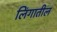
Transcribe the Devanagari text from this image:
लिंगातील